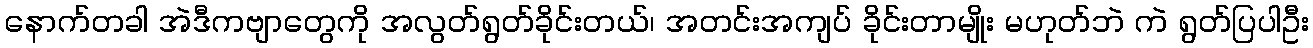
နောက်တခါ အဲဒီကဗျာတွေကို အလွတ်ရွတ်ခိုင်းတယ်၊ အတင်းအကျပ် ခိုင်းတာမျိုး မဟုတ်ဘဲ ကဲ ရွတ်ပြပါဦး